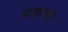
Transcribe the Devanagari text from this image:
मायानदी